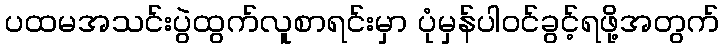
ပထမအသင်းပွဲထွက်လူစာရင်းမှာ ပုံမှန်ပါဝင်ခွင့်ရဖို့အတွက်